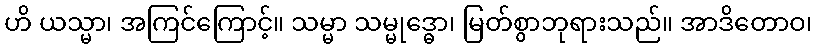
ဟိ ယသ္မာ၊ အကြင်ကြောင့်။ သမ္မာ သမ္မုဒ္ဓော၊ မြတ်စွာဘုရားသည်။ အာဒိတောဝ၊